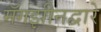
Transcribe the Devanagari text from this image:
मॅगझीनद्वारे